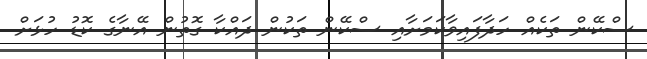
ސްކޭން ތަކެއް ހަދާފައިވާކަމަށާއި ސްކޭން ތަކުން ދައްކާ ގޮތުން އޭނާގެ ކޮޑު ހުޅަށް